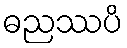
ဓညဿပိ